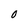
Character: 0